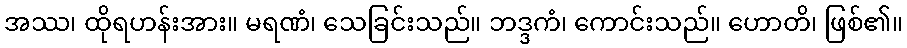
အဿ၊ ထိုရဟန်းအား။ မရဏံ၊ သေခြင်းသည်။ ဘဒ္ဒကံ၊ ကောင်းသည်။ ဟောတိ၊ ဖြစ်၏။